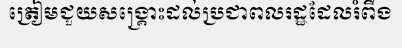
ត្រៀមជួយសង្គ្រោះដល់ប្រជាពលរដ្ឋដែលរំពឹង